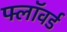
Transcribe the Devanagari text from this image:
फ्लॉवर्ड